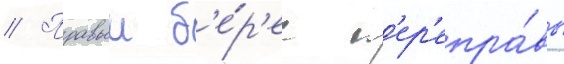
// Правыи б'е́р'ег п'ер'епра́вы